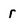
Character: r